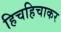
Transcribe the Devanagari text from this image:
हिचहिचाकर